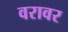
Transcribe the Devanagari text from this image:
वरावर